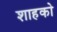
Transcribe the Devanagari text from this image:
शाहको